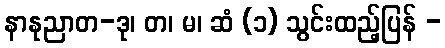
နာနုညာတ-ဒု၊ တ၊ မ၊ ဆံ (၁) သွင်းထည့်ပြန် -